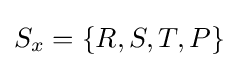
S_{x}=\{R,S,T,P\}